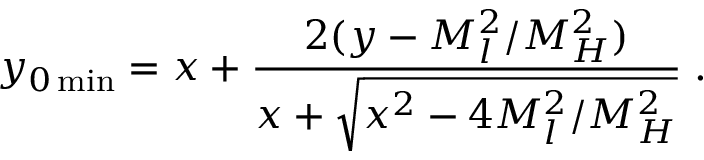
y _ { 0 \operatorname * { m i n } } = x + \frac { 2 ( y - M _ { l } ^ { 2 } / M _ { H } ^ { 2 } ) } { x + \sqrt { x ^ { 2 } - 4 M _ { l } ^ { 2 } / M _ { H } ^ { 2 } } } \; .